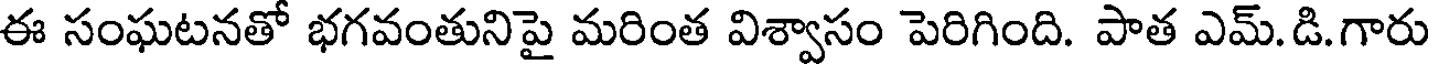
ఈ సంఘటనతో భగవంతునిపై మరింత విశ్వాసం పెరిగింది. పాత ఎమ్.డి.గారు